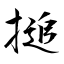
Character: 搥